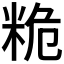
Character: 𮇙